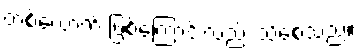
တစ်ယောက် ဖြစ်ကြောင်းလည်း သိစေသည်။